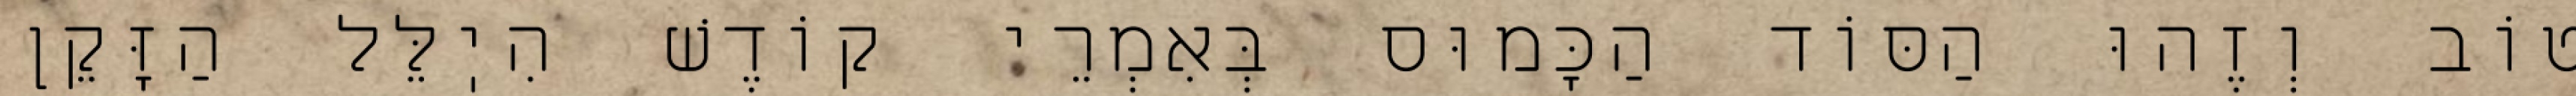
טוֹב וְזֶהוּ הַסּוֹד הַכָּמוּס בְּאִמְרֵי קוֹדֶשׁ הִיֽלֵּל הַזָּקֵן